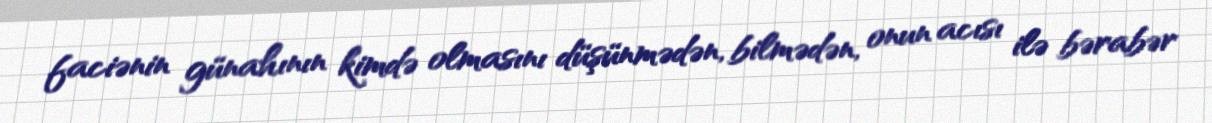
faciənin günahının kimdə olmasını düşünmədən, bilmədən, onun acısı ilə bərabər